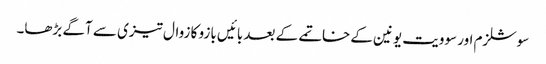
سوشلزم اور سوویت یونین کے خاتمے کے بعد بائیں بازو کا زوال تیزی سے آگے بڑھا۔